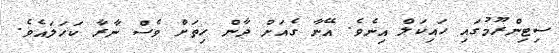
ސިޓިންރޫމުގައި ހައިކަލް އިނެވެ. އޭނާ ގެއަށް ދާން ހިތަށް ވެސް ނާރާ ކަހަލައެވެ.